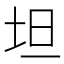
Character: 坦